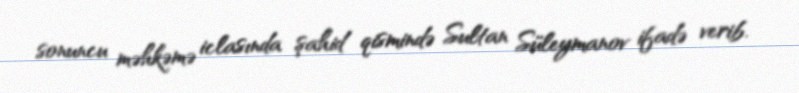
sonuncu məhkəmə iclasında şahid qismində Sultan Süleymanov ifadə verib.